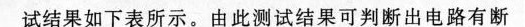
试结果如下表所示。由此测试结果可判断出电路有断